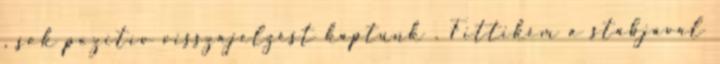
, sok pozitív visszajelzést kaptunk . Fittikém a stábjával